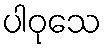
ပါဝုသေ